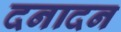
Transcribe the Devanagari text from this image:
दनादन